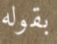
بقوله